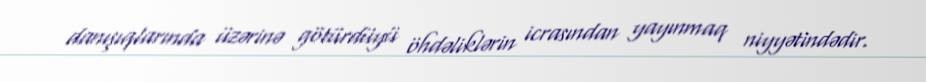
danışıqlarında üzərinə götürdüyü öhdəliklərin icrasından yayınmaq niyyətindədir.